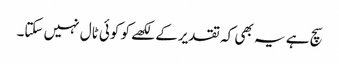
سچ ہے یہ بھی کہ تقدیرکے لکھے کو کوئی ٹال نہیں سکتا۔